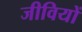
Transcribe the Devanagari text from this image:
जीवियों